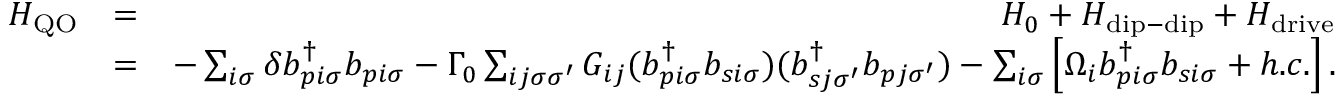
\begin{array} { r l r } { H _ { \mathrm { Q O } } } & { = } & { H _ { 0 } + H _ { \mathrm { d i p - d i p } } + H _ { \mathrm { d r i v e } } } \\ & { = } & { - \sum _ { i \sigma } \delta b _ { p i \sigma } ^ { \dagger } b _ { p i \sigma } - \Gamma _ { 0 } \sum _ { i j \sigma \sigma ^ { \prime } } G _ { i j } ( b _ { p i \sigma } ^ { \dagger } b _ { s i \sigma } ) ( b _ { s j \sigma ^ { \prime } } ^ { \dagger } b _ { p j \sigma ^ { \prime } } ) - \sum _ { i \sigma } \left[ \Omega _ { i } b _ { p i \sigma } ^ { \dagger } b _ { s i \sigma } + h . c . \right] . } \end{array}